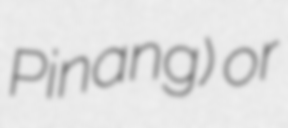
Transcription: Pinang) or